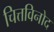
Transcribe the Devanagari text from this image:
चित्तविनोद